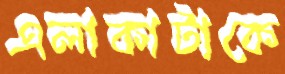
এলাকাটাকে